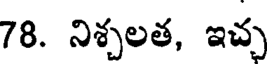
78. నిశ్చలత, ఇచ్చ